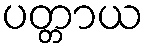
ပတ္တာယ